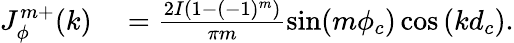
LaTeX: \begin{array}{rl}{J_{\phi}^{m+}(k)}&{{}=\frac{2I(1-(-1)^{m})}{\pi m}\sin(m\phi_{c})\cos\left(kd_{c}\right).}\end{array}